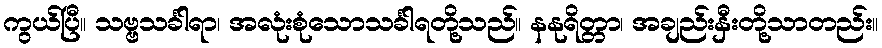
ကွယ်ပြီ။ သဗ္ဗသင်္ခါရာ၊ အလုံးစုံသောသင်္ခါရတို့သည်။ နနုရိတ္တာ၊ အချည်းနှီးတို့သာတည်း။